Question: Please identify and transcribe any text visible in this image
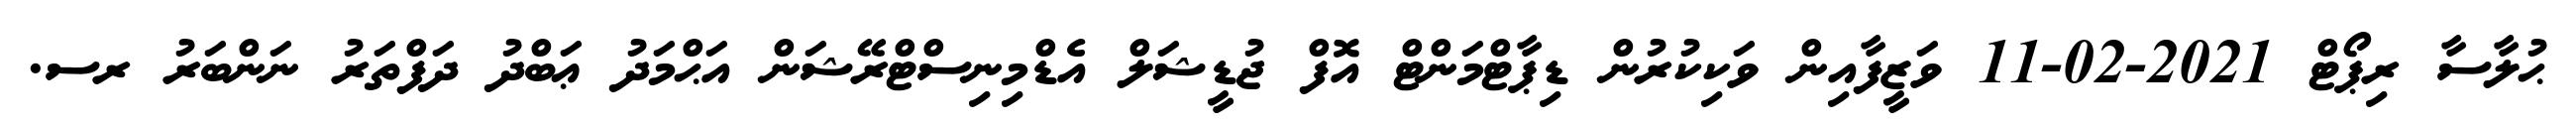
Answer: ޙުލާސާ ރިޕޯޓް 2021-02-11 ވަޒީފާއިން ވަކިކުރުން ޑިޕާޓްމަންޓް އޮފް ޖުޑީޝަލް އެޑްމިނިސްޓްރޭޝަން އަޙްމަދު ޢަބްދު ދަފްތަރު ނަންބަރު ރސ.